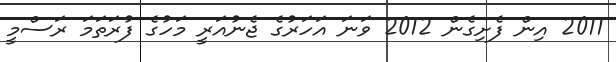
2011 އިން ފެށިގެން 2012 ވަނަ އަހަރުގެ ޖެނުއަރީ މަހުގެ ފުރަތަމަ ރަސްމީ